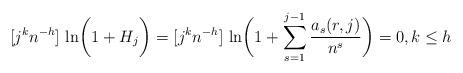
LaTeX: \begin{align*} [j^k n^{-h}]\,\ln \biggl( 1 + H_j \biggr) = [j^k n^{-h}]\,\ln \biggl( 1 + \sum_{s=1}^{j-1} \frac{a_s(r,j)}{n^s} \biggr) =0 , k \le h \\\end{align*}